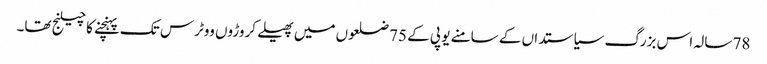
78 سالہ اس بزرگ سیاستداں کے سامنے یو پی کے 75 ضلعوں میں پھیلے کروڑوں ووٹرس تک پہنچنے کا چیلنج تھا۔